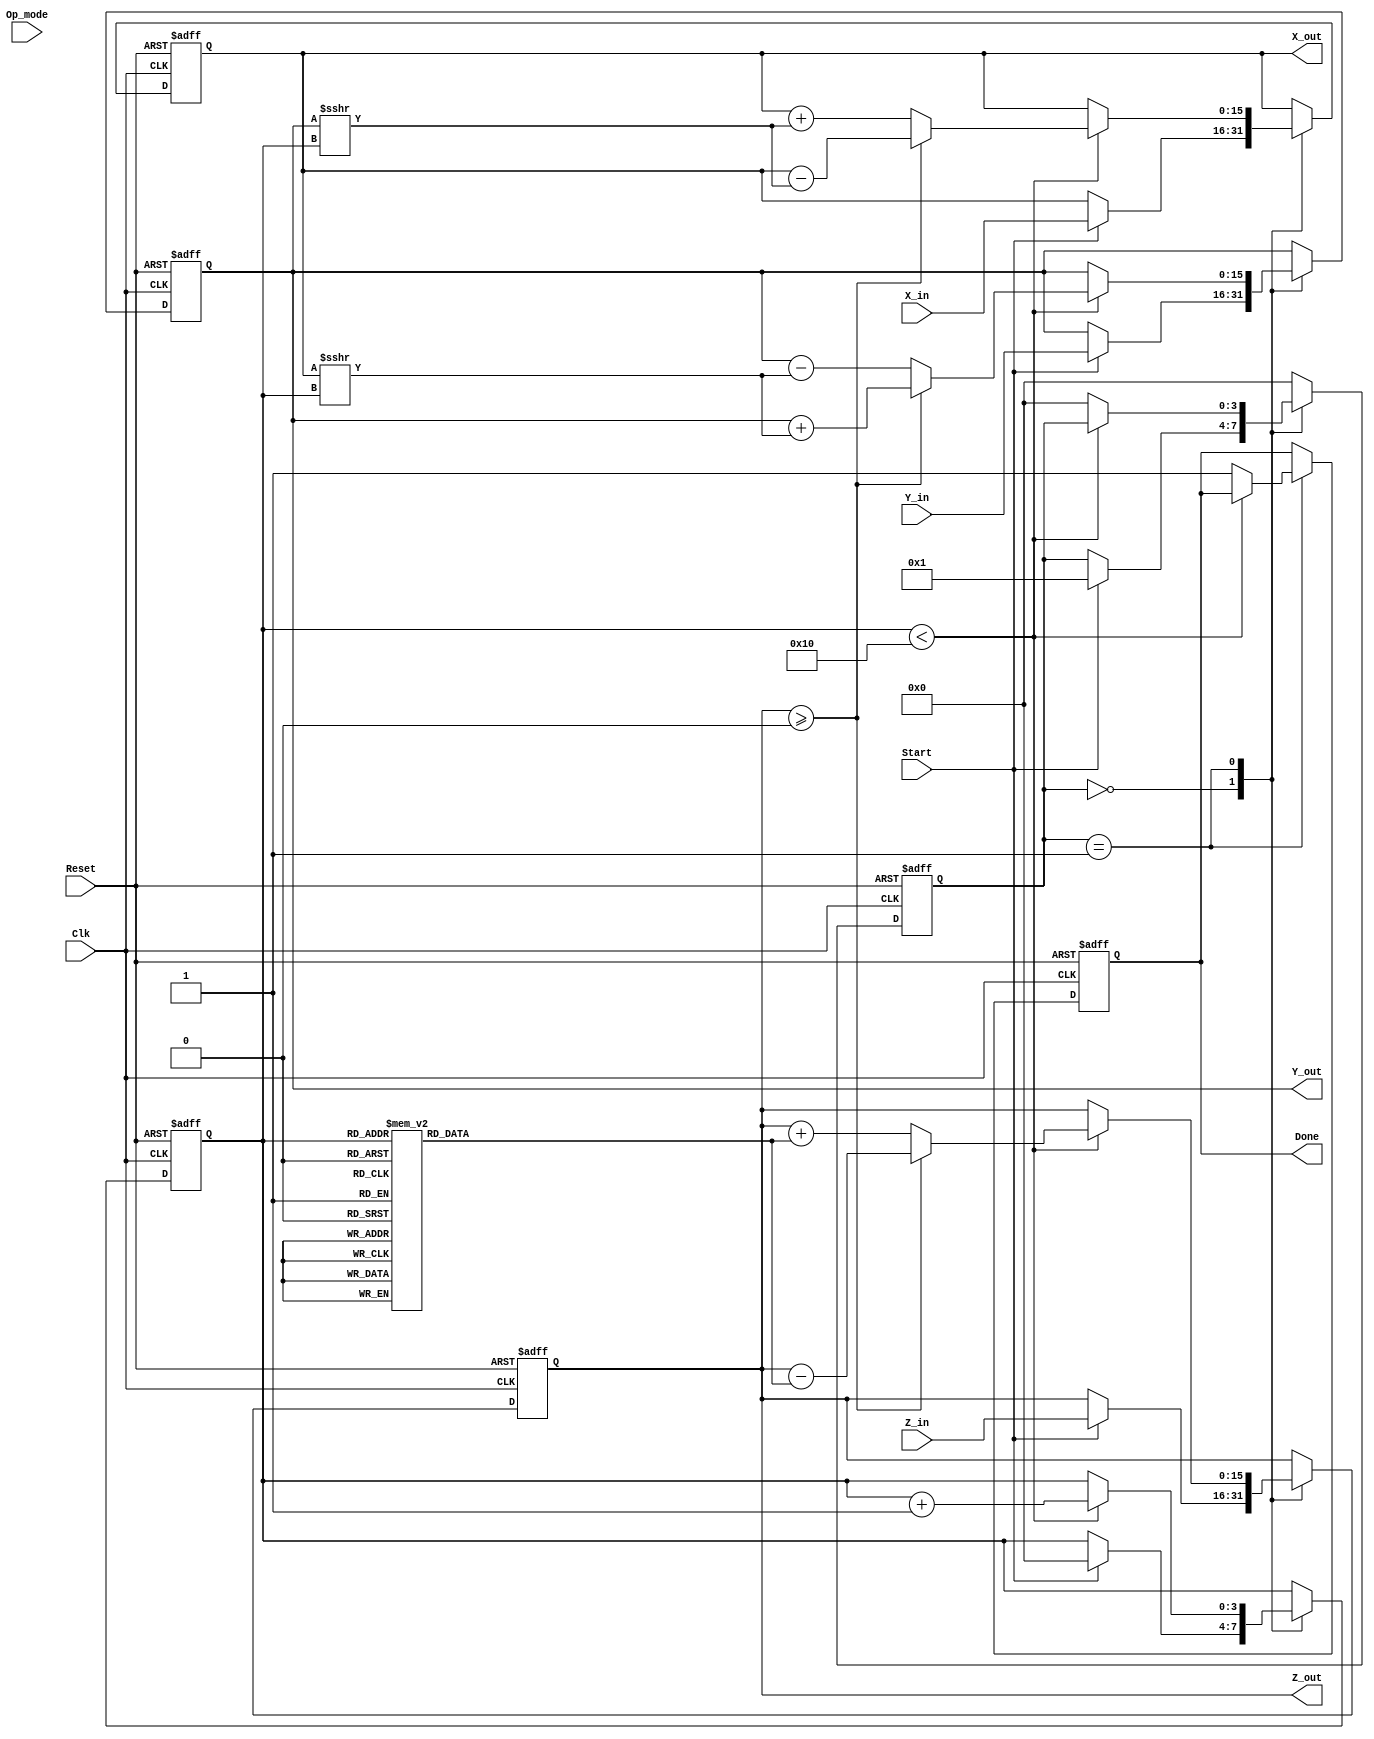
module Unified_CORDIC (
    input wire signed [15:0] X_in,       // Input vector X (fixed-point)
    input wire signed [15:0] Y_in,       // Input vector Y (fixed-point)
    input wire signed [15:0] Z_in,       // Input angle/phase (fixed-point)
    input wire [1:0] Op_mode,            // Operation mode selector
    input wire Start,                     // Start signal
    input wire Clk,                       // Clock signal
    input wire Reset,                     // Asynchronous reset
    output reg signed [15:0] X_out,      // Output vector X after computation
    output reg signed [15:0] Y_out,      // Output vector Y after computation
    output reg signed [15:0] Z_out,      // Output angle/phase after computation
    output reg Done                       // Completion signal
);

    // Parameters
    parameter MAX_ITERATIONS = 16;
    reg signed [15:0] angle_table [0:15];

    // Control Signals
    reg [3:0] state; // State variable
    reg [3:0] iteration_count;
    
    // Initialize angle table
    initial begin
        angle_table[0] = 16'h0000; // 0 degrees
        angle_table[1] = 16'h2000; // 45 degrees
        angle_table[2] = 16'h3000; // 26.565 degrees
        angle_table[3] = 16'h4000; // 14.0362 degrees
        angle_table[4] = 16'h5000; // 7.125 degrees
        angle_table[5] = 16'h6000; // 3.576 degrees
        angle_table[6] = 16'h7000; // 1.789 degrees
        angle_table[7] = 16'h8000; // 0.896 degrees
        angle_table[8] = 16'h9000; // 0.447 degrees
        angle_table[9] = 16'hA000; // 0.224 degrees
        angle_table[10] = 16'hB000; // 0.112 degrees
        angle_table[11] = 16'hC000; // 0.056 degrees
        angle_table[12] = 16'hD000; // 0.028 degrees
        angle_table[13] = 16'hE000; // 0.014 degrees
        angle_table[14] = 16'hF000; // 0.007 degrees
        angle_table[15] = 16'hFFFF; // max
    end

    // CORDIC Iteration Logic
    always @(posedge Clk or posedge Reset) begin
        if (Reset) begin
            // Resetting outputs
            X_out <= 0;
            Y_out <= 0;
            Z_out <= 0;
            Done <= 0;
            iteration_count <= 0;
            state <= 0; // IDLE state
        end else begin
            case (state)
                0: begin // IDLE state
                    if (Start) begin
                        // Initialize values
                        X_out <= X_in;
                        Y_out <= Y_in;
                        Z_out <= Z_in;
                        iteration_count <= 0;
                        state <= 1; // Move to computation state
                    end
                end
                
                1: begin // Computation state
                    if (iteration_count < MAX_ITERATIONS) begin
                        // Compute the next values using the CORDIC algorithm
                        if (Z_out >= 0) begin
                            // Rotate counter-clockwise
                            X_out <= X_out - (Y_out >>> iteration_count);
                            Y_out <= Y_out + (X_out >>> iteration_count);
                            Z_out <= Z_out - angle_table[iteration_count];
                        end else begin
                            // Rotate clockwise
                            X_out <= X_out + (Y_out >>> iteration_count);
                            Y_out <= Y_out - (X_out >>> iteration_count);
                            Z_out <= Z_out + angle_table[iteration_count];
                        end
                        iteration_count <= iteration_count + 1;
                    end else begin
                        Done <= 1; // Indicate completion
                        state <= 0; // Back to IDLE
                    end
                end
                
                default: state <= 0; // Default to IDLE
            endcase
        end
    end

endmodule